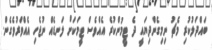
ބައްދަލުކުރި މެޗު ނިމިގެންދިޔައީ ދެ ޓީމުންކުރެ އެއްވެސް ޓީމަކަށް ލަނޑެއް ނުޖެހި އެއްވަރުވެގެން.